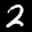
Label: 2